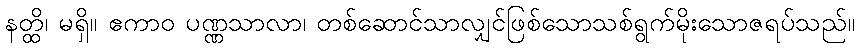
နတ္ထိ၊ မရှိ။ ဧကာဝ ပဏ္ဏသာလာ၊ တစ်ဆောင်သာလျှင်ဖြစ်သောသစ်ရွက်မိုးသောဇရပ်သည်။